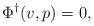
LaTeX: \begin{align*}\Phi^\dagger(v,p) = 0,\end{align*}